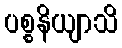
ပစ္စနိယျာသိ